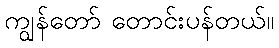
ကျွန်တော် တောင်းပန်တယ်။